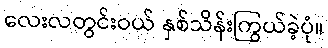
လေးလတွင်းဝယ် နှစ်သိန်းကြွယ်ခဲ့ပုံ။